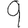
Digit: 9